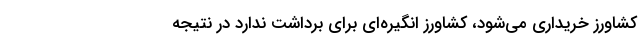
کشاورز خریداری می‌شود، کشاورز انگیره‌ای برای برداشت ندارد در نتیجه